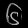
Digit: ၆